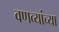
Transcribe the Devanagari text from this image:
वणव्यांच्या